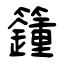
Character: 籦